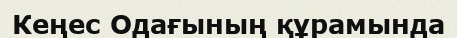
Кеңес Одағының құрамында